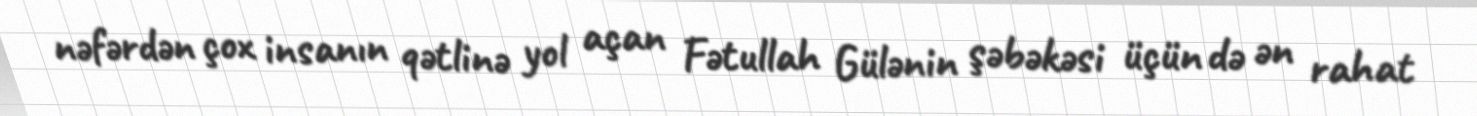
nəfərdən çox insanın qətlinə yol açan Fətullah Gülənin şəbəkəsi üçün də ən rahat